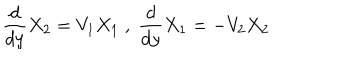
LaTeX: \frac { d } { d y } X _ { 2 } = V _ { 1 } X _ { 1 } \; , \; \frac { d } { d y } X _ { 1 } = - V _ { 2 } X _ { 2 }